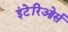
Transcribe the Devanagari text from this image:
इंटेरिओर्स